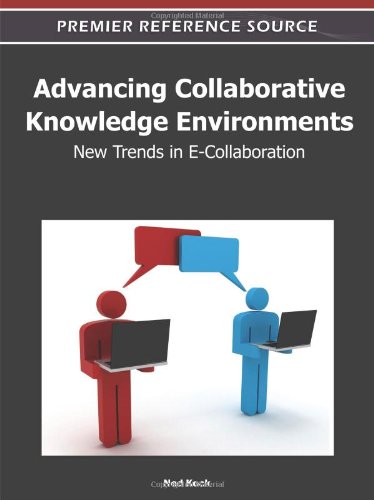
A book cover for Advancing Collaborative Knowledge Environments: New Trends in E-Collaboration; Ned Kock; Computers & Technology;